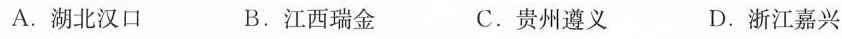
A.湖北汉口 B.江西瑞金 C.贵州遵义 D.浙江嘉兴